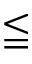
\leqq